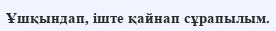
Ұшқындап, іште қайнап сұрапылым.